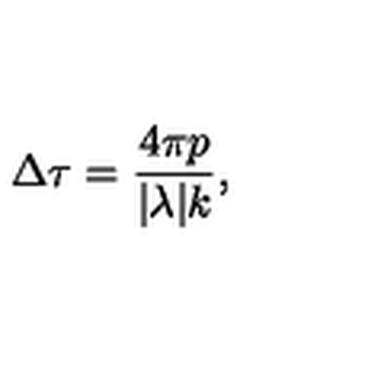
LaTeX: \Delta \tau = \frac { 4 \pi p } { | \lambda | k } ,